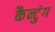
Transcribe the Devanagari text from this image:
कैन्टुंग